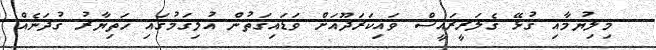
މިލިޔުމާއި ގުޅޭ ގެލަރީރައީސް ވައިކަރަދޫއަށް ވަޑައިގަތުން އުލިގަމުގައި ހަތިޔާރު ގުދަނެއް